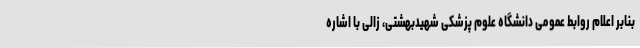
بنابر اعلام روابط عمومی دانشگاه علوم پزشکی شهیدبهشتی، زالی با اشاره